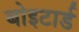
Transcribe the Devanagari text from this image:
बोइटार्ड